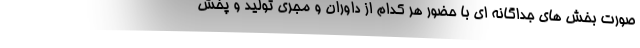
صورت بخش های جداگانه ای با حضور هر کدام از داوران و مجری تولید و پخش